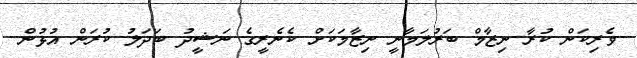
ވެރިކަން ކުރާ ނިޒާމް ބަރުލަމާނީ ނިޒާމަކަށް ކެނެރީގެ ނަޝީދު ބަދަލު ކުރަން އުޅުން